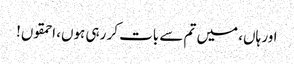
اور ہاں، میں تم سے بات کر رہی ہوں، احمقوں!